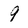
Character: 9